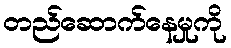
တည်ဆောက်နေမှုကို